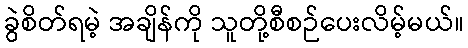
ခွဲစိတ်ရမဲ့ အချိန်ကို သူတို့စီစဉ်ပေးလိမ့်မယ်။